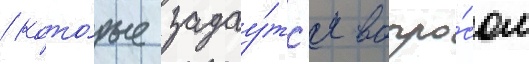
/ кото́рые задау́тс'я вопро́сом